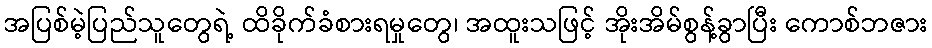
အပြစ်မဲ့ပြည်သူတွေရဲ့ ထိခိုက်ခံစားရမှုတွေ၊ အထူးသဖြင့် အိုးအိမ်စွန့်ခွာပြီး ကောစ်ဘဇား